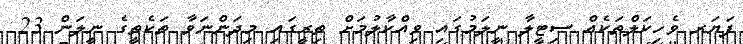
ފަޔަރ ވެހިކަލްތަކެއް ސިޓީލާ ނީލަމުގައި ވިއްކާލުމަށް ތިރީގައި މިދަންނަވާ ތަކެތީގެ ނީލަން 23